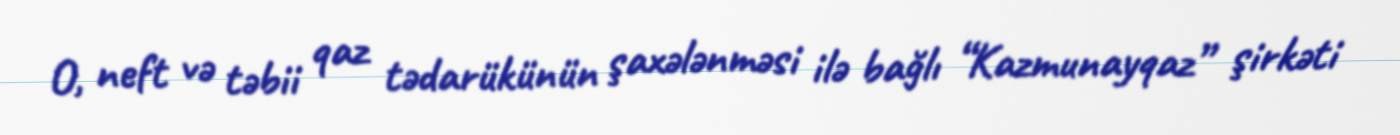
O, neft və təbii qaz tədarükünün şaxələnməsi ilə bağlı “Kazmunayqaz” şirkəti